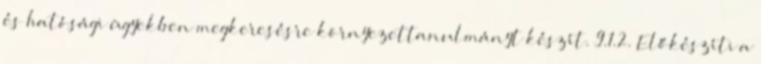
és hatósági ügyekben megkeresésre környezettanulmányt készít. 9.1.2. Előkészíti a